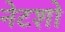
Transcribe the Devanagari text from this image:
नेटशो